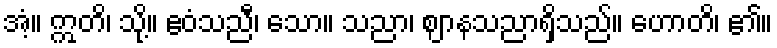
အံ့။ ဣတိ၊ သို့။ ဧဝံသညီ၊ သော။ သညာ၊ ဈာနသညာရှိသည်။ ဟောတိ၊ ၏။